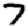
Digit: 7